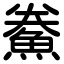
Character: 鮝